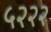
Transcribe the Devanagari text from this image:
५२२२